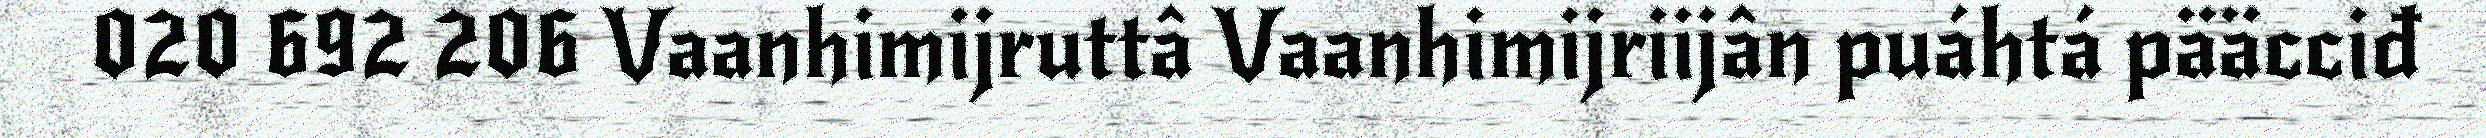
020 692 206 Vaanhimijruttâ Vaanhimijriijân puáhtá pääcciđ